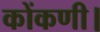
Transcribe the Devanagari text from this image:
कोंकणी।